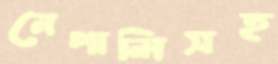
নেপালিসহ